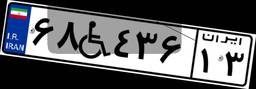
۶۸W۴۳۶۱۳